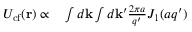
\begin{array} { r l } { U _ { \mathrm { c f } } ( \mathbf { r } ) \propto } & { { } \int d \mathbf { k } \int d \mathbf { k } ^ { \prime } \frac { 2 \pi a } { q ^ { \prime } } J _ { 1 } ( a q ^ { \prime } ) } \end{array}